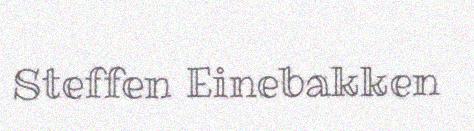
Steffen Einebakken